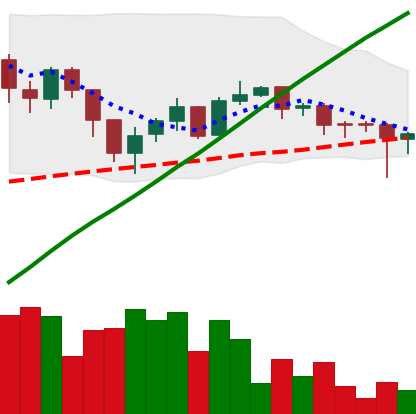
Ticker: LTC-USD
Chart end date: 2017-07-29
Forward return: 4.247%
Label: up_3_5